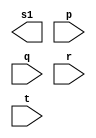
//----------------------------- 
// Exercicio Extra 11
// Nome: Joo Henrique Mendes de Oliveira
// ------------------------- 
// -- or gate 
// -------------------------
module orgate ( output s1,  input p,input q,input r,input t);
  assign s = p | q | r | t;
endmodule // orgate 
// --------------------- 
// -- and gate 
// ---------------------         
module andgate ( output s2,   input p,input q,input r,input t);
  assign s = (p & q & r & t);
endmodule // andgate 
// -------------------
// -- nor gate
// -------------------
module norgate(output s, input p,input q);
  assign s = ~(~(p|q)); 
endmodule // norgate

module circuito;
// ------------------------- dados locais 
  reg a, b, c, d, e, f, g, h; // definir registradores 
  wire s; // definir conexao (fio) 
// ------------------------- instancia 
  or OR1 (s1, a, b, c, d); 
  and AND1 (s2, e, f, g, h);
  nor NOR1 (s, s1, s2);  
// ------------------------- preparacao 
  initial begin:start
    a=0; b=0; c=0; d=0; e=0; f=0; g=0; h=0; 
  end 
// ------------------------- parte principal 
  initial begin:main
    $display("Extra0011 - Joo Henrique Mendes de Oliveira - 392734"); 
    $display("Test circuito"); 
 	$display("\na b c d e f g h = s\n");
	$monitor("%b %b %b %b %b %b %b %b = %b",a,b,c,d,e,f,g,h,s);
    #1 a=0; b=0; c=0; d=0; e=0; f=0; g=0; h=0;
  end 
endmodule // circuito